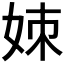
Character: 𪥱